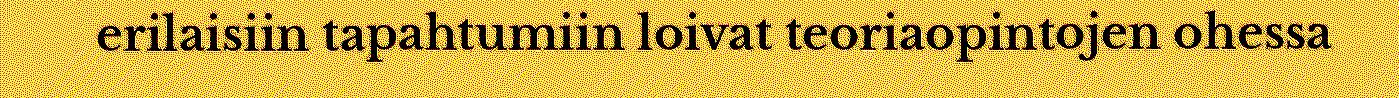
erilaisiin tapahtumiin loivat teoriaopintojen ohessa